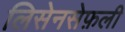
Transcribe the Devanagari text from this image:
लिसेनसेफ़ली